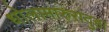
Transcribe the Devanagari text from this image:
धोलामारुरादुहा